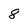
Character: 8